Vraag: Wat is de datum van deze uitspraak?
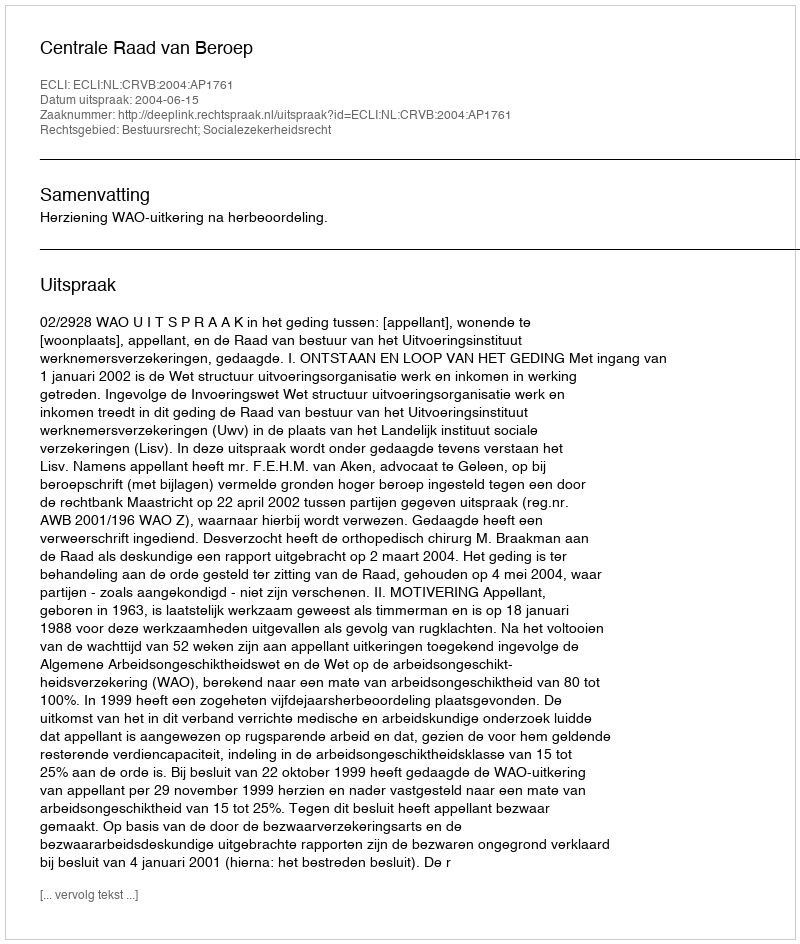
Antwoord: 2004-06-15